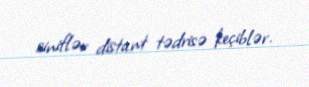
siniflər distant tədrisə keçiblər.